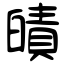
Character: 皟